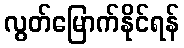
လွတ်မြောက်နိုင်ရန်